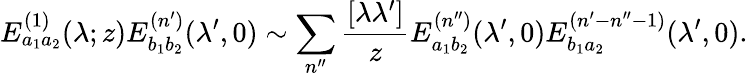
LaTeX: E_{a_{1}a_{2}}^{(1)}(\lambda;z)E_{b_{1}b_{2}}^{(n^{\prime})}(\lambda^{\prime},0)\sim\sum_{n^{\prime\prime}}\frac{[\lambda\lambda^{\prime}]}{z}E_{a_{1}b_{2}}^{(n^{\prime\prime})}(\lambda^{\prime},0)E_{b_{1}a_{2}}^{(n^{\prime}-n^{\prime\prime}-1)}(\lambda^{\prime},0).